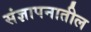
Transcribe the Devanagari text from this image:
संज्ञापनातील